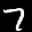
Label: 7